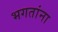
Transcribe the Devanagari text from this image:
भगतांना